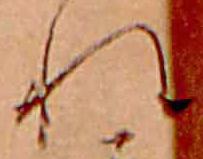
れ